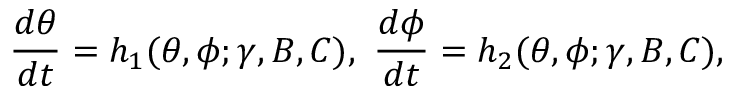
\frac { d \theta } { d t } = h _ { 1 } ( \theta , \phi ; \gamma , B , C ) , ~ \frac { d \phi } { d t } = h _ { 2 } ( \theta , \phi ; \gamma , B , C ) ,